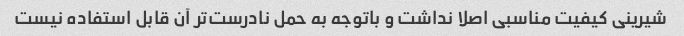
شیرینی کیفیت مناسبی اصلا نداشت و باتوجه به حمل نادرست‌تر آن قابل استفاده نیست